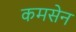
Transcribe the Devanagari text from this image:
कमसेन